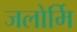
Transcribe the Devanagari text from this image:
जलोर्मि